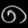
Digit: ၈